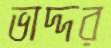
ভাদ্দর